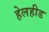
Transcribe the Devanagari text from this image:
हेलहीड